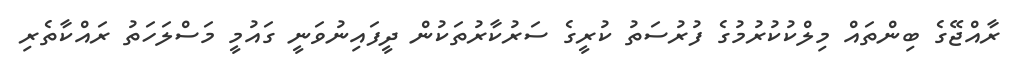
ރާއްޖޭގެ ބިންތައް މިލްކުކުރުމުގެ ފުރުސަތު ކުރީގެ ސަރުކާރުތަކުން ދީފައިނުވަނީ ގައުމީ މަސްލަހަތު ރައްކާތެރި